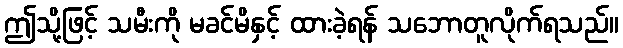
ဤသို့ဖြင့် သမီးကို မခင်မိနှင့် ထားခဲ့ရန် သဘောတူလိုက်ရသည်။